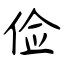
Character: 俭